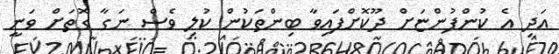
އަދި އެ ކުންފުންޏަށް ދޫކޮށްފައިވާ ބިންތަކުން ކުލި ވެސް ނަގާ ގޮތަށް ވަނީ